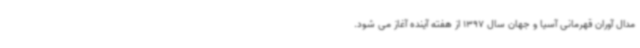
مدال آوران قهرمانی آسیا و جهان سال 1397 از هفته آینده آغاز می شود.